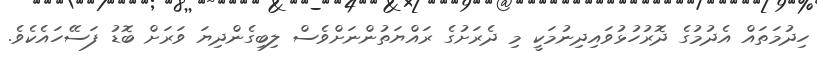
ހިދުމަތައް އެދުމުގެ ދޮރުހުޅުވައިދިނުމަކީ މި ދެރަށުގެ ރައްޔަތުންނަށްވެސް ލިބިގެންދިޔަ ވަރަށް ބޮޑު ފަސޭހައެކެވެ.